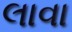
લાવા